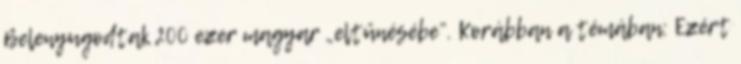
Belenyugodtak 200 ezer magyar „eltűnésébe”. Korábban a témában: Ezért